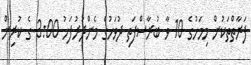
ފަރާތްތަކުން މިމަހުގެ 10 ވާ ބުރާސްފަތި ދުވަހުގެ މެންދުރުފަހު 3:00 ގެ ކުރިން